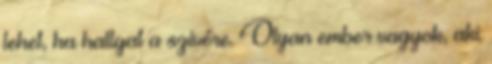
lehet, ha hallgat a szívére. Olyan ember vagyok, aki